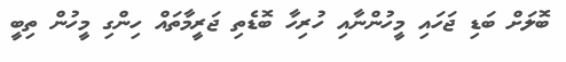
ބޮލަށް ބަޑި ޖަހައި މީހުންނާއި ހުރިހާ ބޮޑެތި ޖަރީމާތައް ހިންގި މީހުން ތިބީ